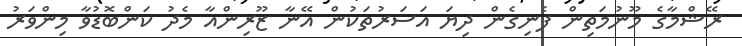
ރޭޝްމާގެ މޫނުމަތިން ފެނިގެން ދިޔަ އަސަރުތަކުން އޭނާ ޒޫރިންއާ މެދު ކަންބޮޑުވާ މިންވަރު